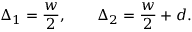
\Delta _ { 1 } = \frac { w } { 2 } , \qquad \Delta _ { 2 } = \frac { w } { 2 } + d .